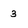
Character: 3